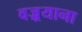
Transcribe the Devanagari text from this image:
वज्र्रयाना